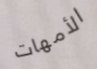
الأمهات